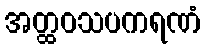
အတ္ထဝသပကရဏံ